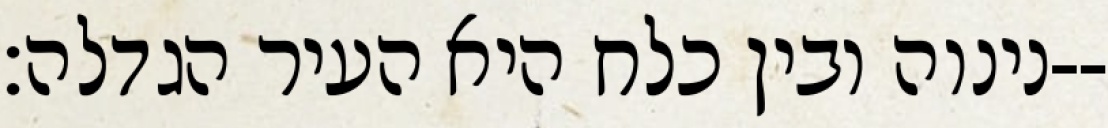
נינוה ובין כלח היא העיר הגדלה׃--